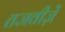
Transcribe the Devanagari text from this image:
तजवीज़ें